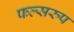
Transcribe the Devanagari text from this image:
फल्सरुप